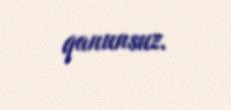
qanunsuz.